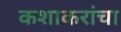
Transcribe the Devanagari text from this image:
कशाकरांचा